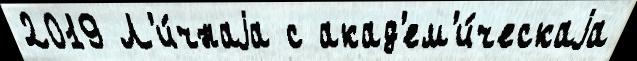
2019 Л'и́чнаjа с акад'ем'и́ческаjа